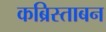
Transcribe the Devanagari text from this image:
कब्रिस्ताबन